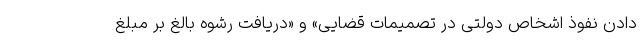
دادن نفوذ اشخاص دولتی در تصمیمات قضایی» و «دریافت رشوه بالغ بر مبلغ